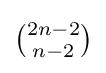
{\tbinom {2n-2}{n-2}}